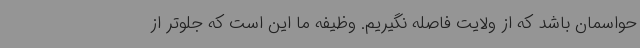
حواسمان باشد که از ولایت فاصله نگیریم. وظیفه ما این است که جلوتر از